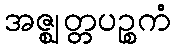
အဇ္ဈတ္တပဉ္စကံ